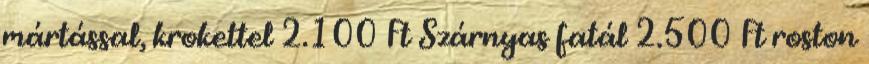
mártással, krokettel 2.100 Ft Szárnyas fatál 2.500 Ft roston